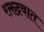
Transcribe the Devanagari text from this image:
रक्तद्रवात